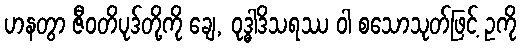
ဟနတွာ ဇီဝတိပုဒ်တို့ကို ချေ, ဝုဒ္ဓါဒိသရဿ ဝါ စသောသုတ်ဖြင့် ဥကို